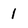
Character: 1